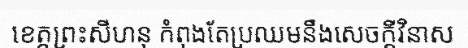
ខេត្តព្រះសីហនុ កំពុងតែប្រឈមនឹងសេចក្តីវិនាស